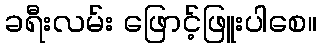
ခရီးလမ်း ဖြောင့်ဖြူးပါစေ။